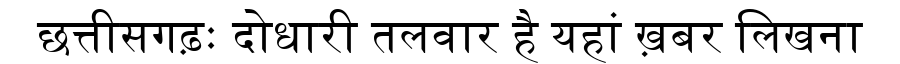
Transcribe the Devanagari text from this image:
छत्तीसगढ़ः दोधारी तलवार है यहां ख़बर लिखना